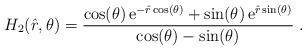
LaTeX: \begin{align*}H_2(\hat{r},\theta) = \frac{\cos(\theta) \,{\rm e}^{-\hat{r} \cos(\theta)} + \sin(\theta) \,{\rm e}^{\hat{r} \sin(\theta)}}{\cos(\theta) - \sin(\theta)} \;.\end{align*}